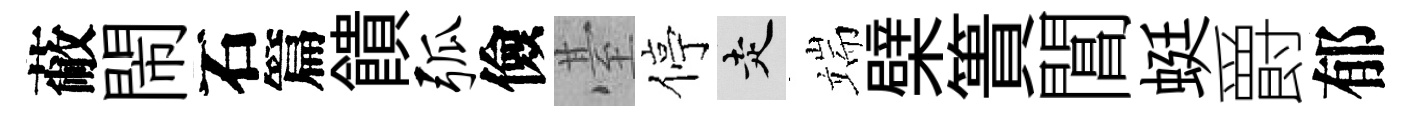
蔽閙石篇饋弧儉䑓停走端檗簣閶蜓爵郁